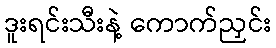
ဒူးရင်းသီးနဲ့ ကောက်ညှင်း